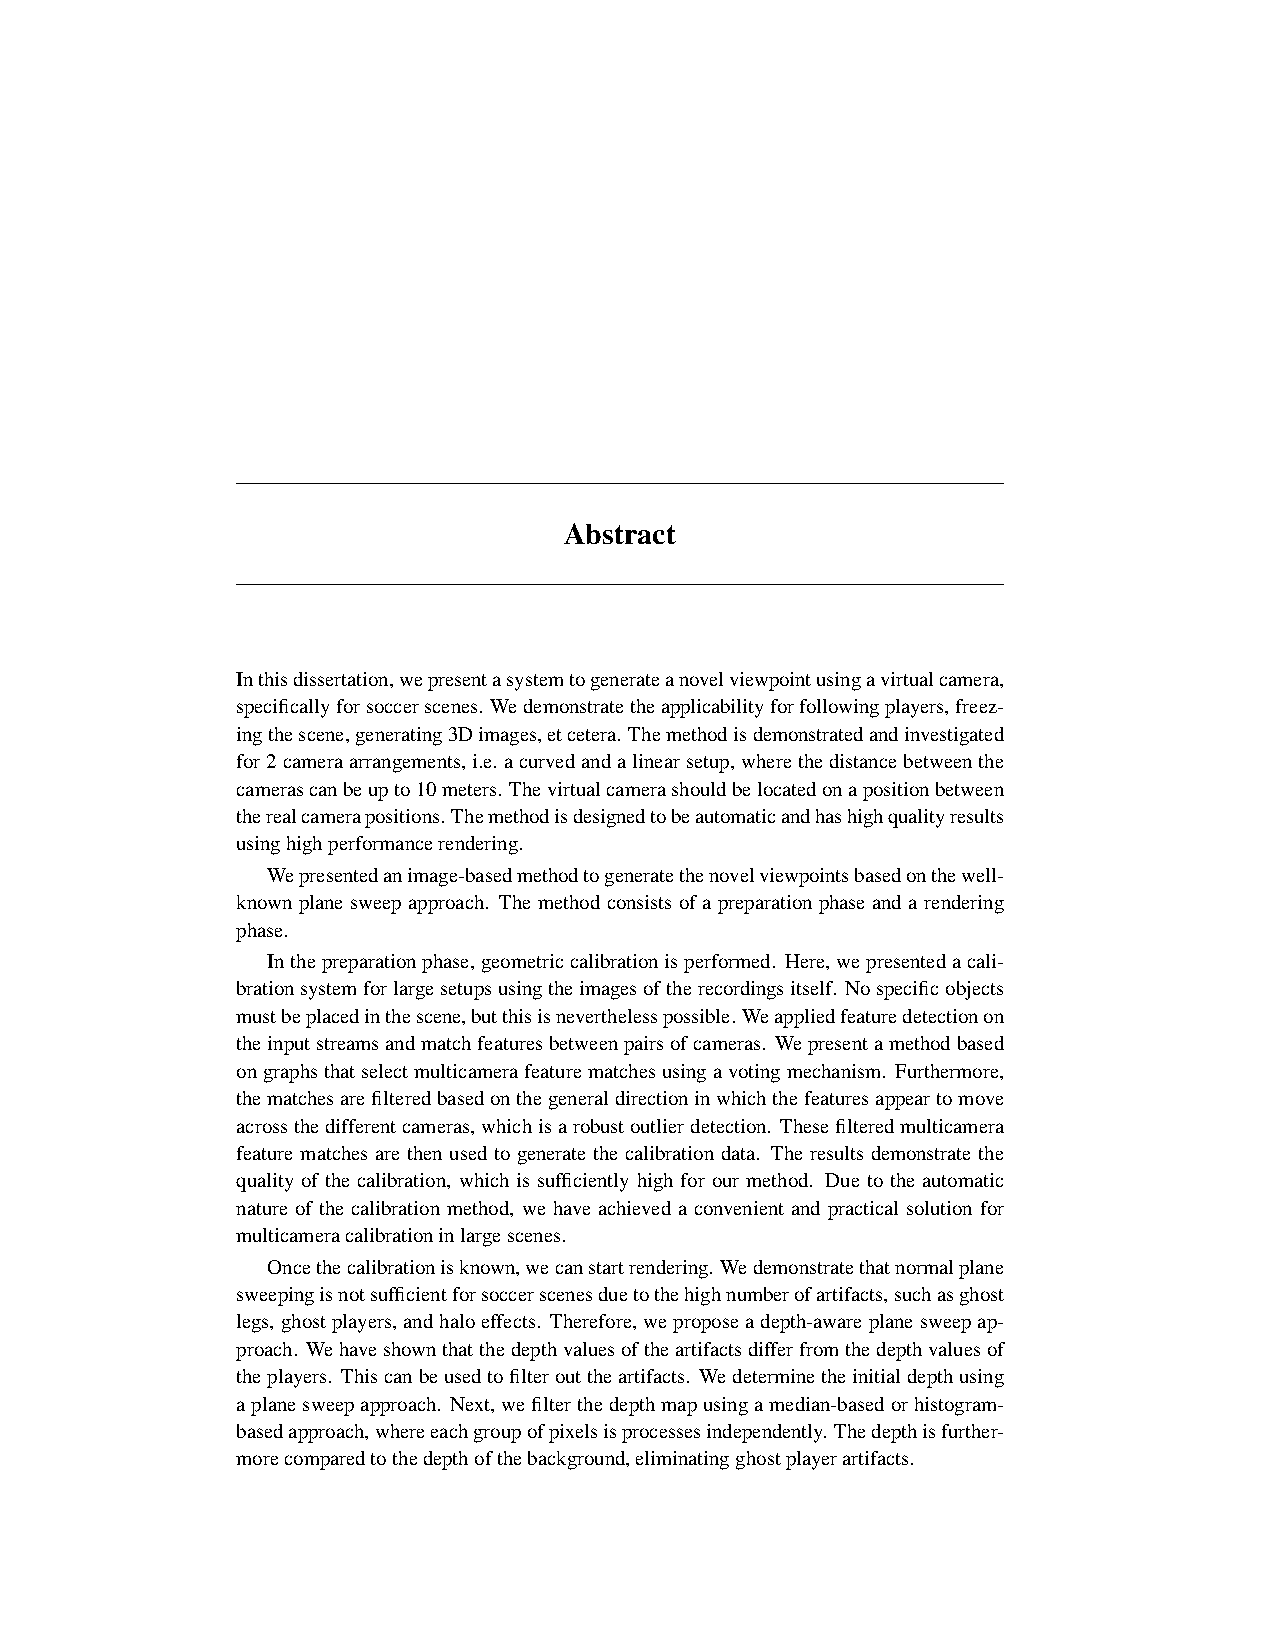
Abstract
 Inthisdissertation,wepresentasystemtogenerateanovelviewpointusingavirtualcamera,
 specificallyforsoccerscenes. Wedemonstratetheapplicabilityforfollowingplayers,freez-
 ingthescene,generating3Dimages,etcetera. Themethodisdemonstratedandinvestigated
 for2cameraarrangements, i.e.acurvedandalinearsetup, wherethedistancebetweenthe
 camerascanbeupto10meters. Thevirtualcamerashouldbelocatedonapositionbetween
 therealcamerapositions.Themethodisdesignedtobeautomaticandhashighqualityresults
 usinghighperformancerendering.
 Wepresentedanimage-basedmethodtogeneratethenovelviewpointsbasedonthewell-
 known plane sweep approach. The method consists of a preparation phase and a rendering
 phase.
 Inthepreparationphase,geometriccalibrationisperformed. Here,wepresentedacali-
 brationsystemforlargesetupsusingtheimagesoftherecordingsitself. Nospecificobjects
 mustbeplacedinthescene,butthisisneverthelesspossible. Weappliedfeaturedetectionon
 theinputstreamsandmatchfeaturesbetweenpairsofcameras. Wepresentamethodbased
 ongraphsthatselectmulticamerafeaturematchesusingavotingmechanism. Furthermore,
 thematchesarefilteredbasedonthegeneraldirectioninwhichthefeaturesappeartomove
 acrossthedifferentcameras,whichisarobustoutlierdetection. Thesefilteredmulticamera
 feature matches are then used to generate the calibration data. The results demonstrate the
 quality of the calibration, which is sufficiently high for our method. Due to the automatic
 nature of the calibration method, we have achieved a convenient and practical solution for
 multicameracalibrationinlargescenes.
 Oncethecalibrationisknown,wecanstartrendering. Wedemonstratethatnormalplane
 sweepingisnotsufficientforsoccerscenesduetothehighnumberofartifacts,suchasghost
 legs,ghostplayers,andhaloeffects. Therefore,weproposeadepth-awareplanesweepap-
 proach. Wehaveshownthatthedepthvaluesoftheartifactsdifferfromthedepthvaluesof
 theplayers. Thiscanbeusedtofilterouttheartifacts. Wedeterminetheinitialdepthusing
 aplanesweepapproach. Next, wefilterthedepthmapusingamedian-basedorhistogram-
 basedapproach,whereeachgroupofpixelsisprocessesindependently. Thedepthisfurther-
 morecomparedtothedepthofthebackground,eliminatingghostplayerartifacts.